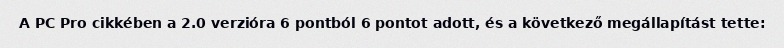
A PC Pro cikkében a 2.0 verzióra 6 pontból 6 pontot adott, és a következő megállapítást tette: